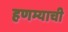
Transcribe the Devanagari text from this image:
हणम्याची